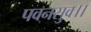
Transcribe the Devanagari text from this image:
पवनसुव।।